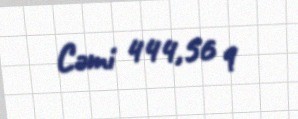
Cəmi 444,56 q